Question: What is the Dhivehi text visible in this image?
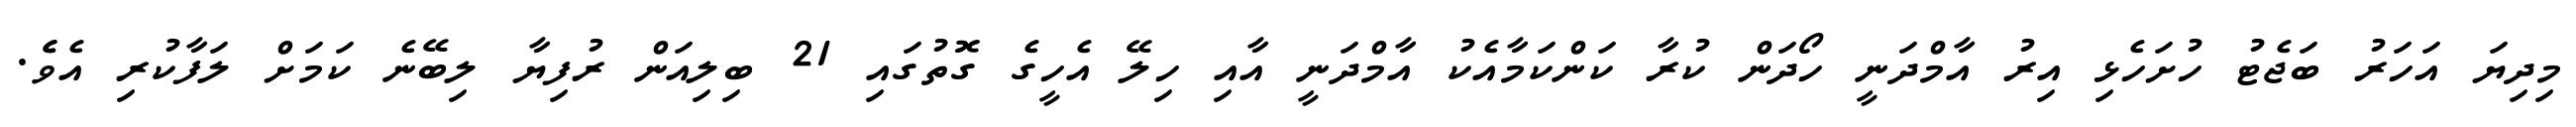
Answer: މިދިޔަ އަހަރު ބަޖެޓު ހުށަހެޅި އިރު އާމްދަނީ ހޯދަން ކުރާ ކަންކަމާއެކު އާމްދަނީ އާއި ހިލޭ އެހީގެ ގޮތުގައި 21 ބިލިއަން ރުފިޔާ ލިބޭނެ ކަމަށް ލަފާކުރި އެވެެ.